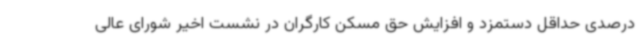
درصدی حداقل دستمزد و افزایش حق مسکن کارگران در نشست اخیر شورای عالی